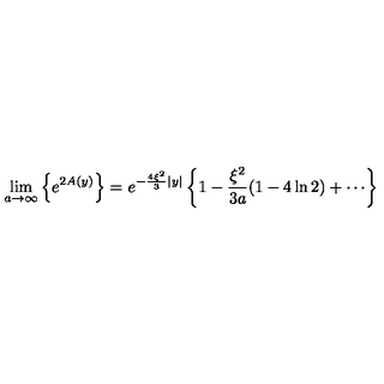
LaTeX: \lim _ { a \rightarrow \infty } \left\{ e ^ { 2 A ( y ) } \right\} = e ^ { - \frac { 4 \xi ^ { 2 } } { 3 } | y | } \left\{ 1 - \frac { \xi ^ { 2 } } { 3 a } ( 1 - 4 \ln 2 ) + \cdots \right\}